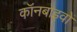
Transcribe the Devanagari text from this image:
कॉनबाइवों